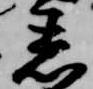
着